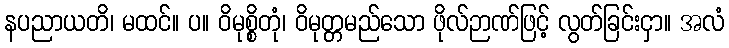
နပညာယတိ၊ မထင်။ ပ။ ဝိမုစ္စိတုံ၊ ဝိမုတ္တမည်သော ဖိုလ်ဉာဏ်ဖြင့် လွတ်ခြင်းငှာ။ အလံ